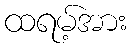
ထရမ့်အား